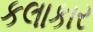
કલાકાર